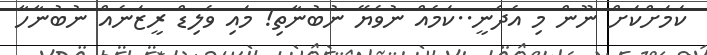
ކަމަށްކަށް ނޫން މި އެދެނީ..ކަމެއް ނުވެޔޭ ނުބުނާތި! މައި ވެލިޑް ރީޒަނެއް ނުބުނާހާ